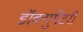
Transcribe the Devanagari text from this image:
डॉक्‍युमेंटरी